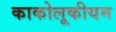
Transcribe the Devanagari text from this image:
काकोलूकीयम